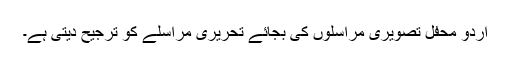
اردو محفل تصویری مراسلوں کی بجائے تحریری مراسلے کو ترجیح دیتی ہے۔